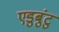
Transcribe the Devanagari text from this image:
एडुबुंटु